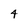
Character: 4